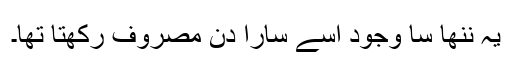
یہ ننھا سا وجود اسے سارا دن مصروف رکھتا تھا۔